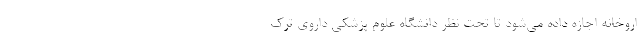
اروخانه اجازه داده می‌شود تا تحت نظر دانشگاه علوم پزشکی داروی ترک